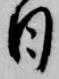
日